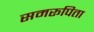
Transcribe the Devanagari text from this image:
समरूपिता